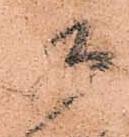
御